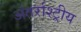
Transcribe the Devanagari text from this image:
अंतर्राश्ट्रीय